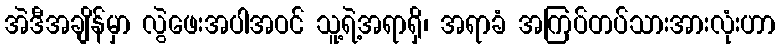
အဲဒီအချိန်မှာ လွဲဖေးအပါအဝင် သူ့ရဲ့အရာရှိ၊ အရာခံ အကြပ်တပ်သားအားလုံးဟာ